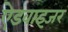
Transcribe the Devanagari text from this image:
ऐडवाइजर